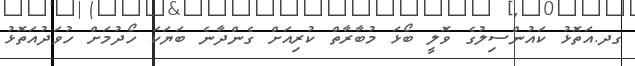
ގދ.އަތޮޅު ކައުންސިލުގެ ވޮލީ ބޯޅަ މުބާރާތް ކުރިއަށް ގެންދާނެ ބަޔަކަ ހޯދުމަށް ހުވަދުއަތޮޅު